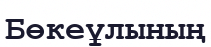
Бөкеұлының